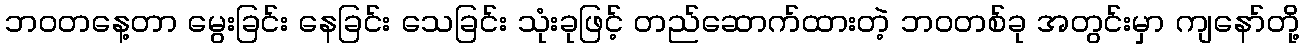
ဘဝတနေ့တာ မွေးခြင်း နေခြင်း သေခြင်း သုံးခုဖြင့် တည်ဆောက်ထားတဲ့ ဘဝတစ်ခု အတွင်းမှာ ကျနော်တို့